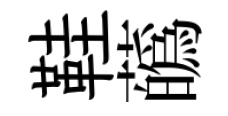
鞋蘤